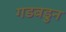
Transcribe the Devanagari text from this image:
गडबडुन